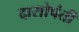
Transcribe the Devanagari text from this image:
दासोपंती